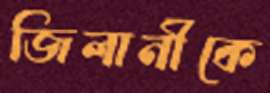
জিলানীকে